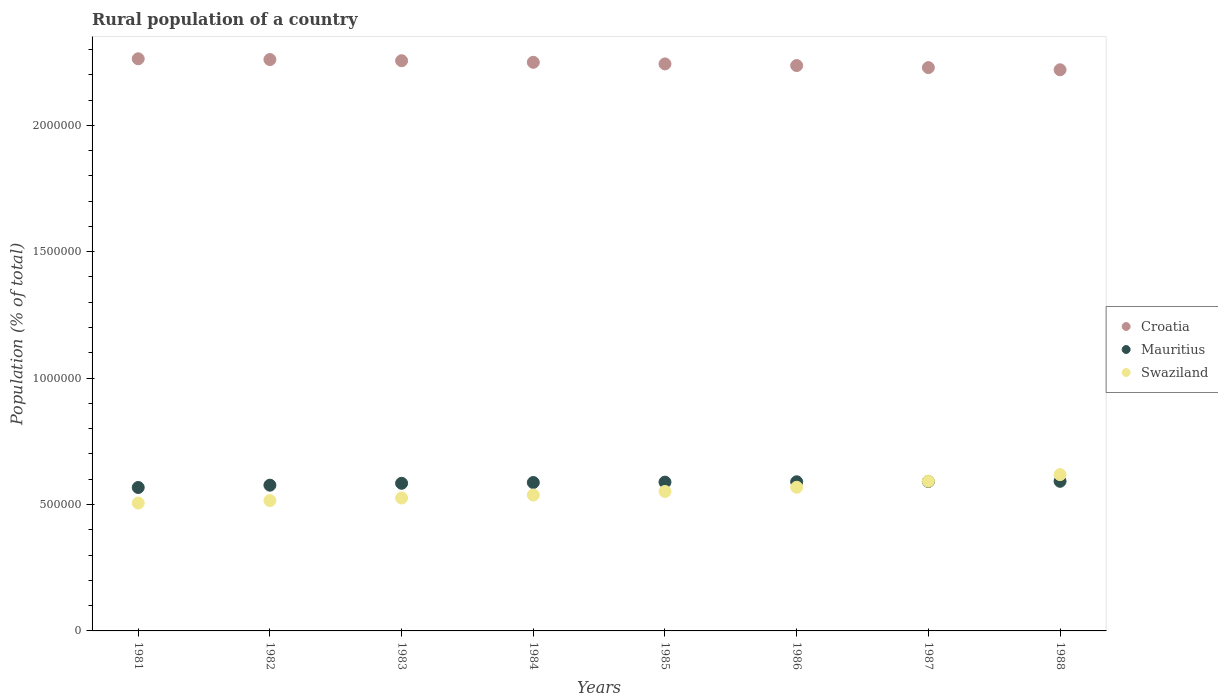
| Years | Croatia | Mauritius | Swaziland |
 | --- | --- | --- | --- |
 | 1981 | 2.26e+06 | 5.67e+05 | 5.06e+05 |
 | 1982 | 2.26e+06 | 5.76e+05 | 5.16e+05 |
 | 1983 | 2.26e+06 | 5.84e+05 | 5.26e+05 |
 | 1984 | 2.25e+06 | 5.87e+05 | 5.38e+05 |
 | 1985 | 2.24e+06 | 5.89e+05 | 5.52e+05 |
 | 1986 | 2.24e+06 | 5.9e+05 | 5.68e+05 |
 | 1987 | 2.23e+06 | 5.91e+05 | 5.92e+05 |
 | 1988 | 2.22e+06 | 5.92e+05 | 6.18e+05 |